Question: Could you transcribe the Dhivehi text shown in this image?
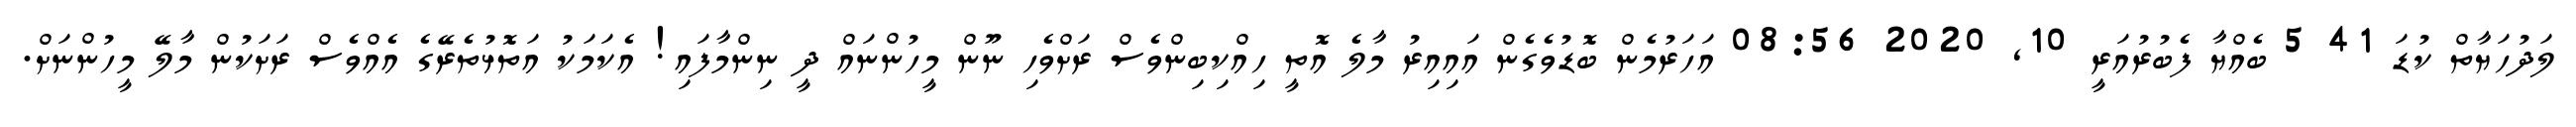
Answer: ލަދުހަޔާތް ކުޑަ 41 5 ބެއްޔާ ފެބުރުއަރީ 10, 2020 08:56 އަހަރުމެން ބޮޑުވެގެން އައިއިރު މާލެ އޮތީ ހިއްކިބިންވެސް ރަށްވެހި ނޫން މީހުންނައް ދީ ނިންމާފައި! އެކަމަކު އަތޮޅުތެރޭގެ އެއްވެސް ރަށަކުން މާލޭ މީހުންނަށް.